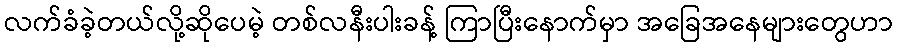
လက်ခံခဲ့တယ်လို့ဆိုပေမဲ့ တစ်လနီးပါးခန့် ကြာပြီးနောက်မှာ အခြေအနေများတွေဟာ